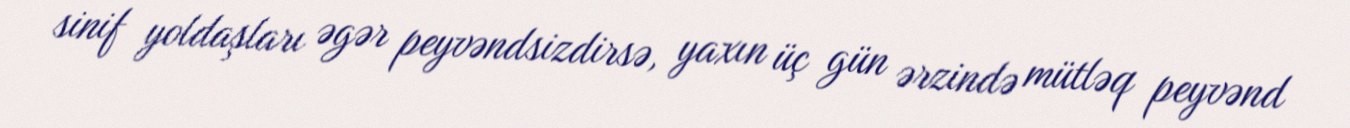
sinif yoldaşları əgər peyvəndsizdirsə, yaxın üç gün ərzində mütləq peyvənd